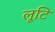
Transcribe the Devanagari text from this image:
लूटि